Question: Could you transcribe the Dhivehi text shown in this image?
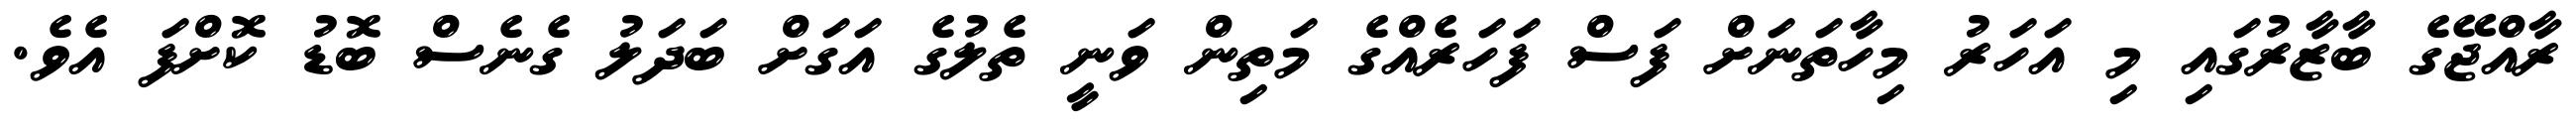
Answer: ރާއްޖޭގެ ބާޒާރުގައި މި އަހަރު މިހާތަނަށް ފަސް ފަހަރެއްގެ މަތިން ވަނީ ތެލުގެ އަގަށް ބަދަލު ގެނެސް ބޮޑު ކޮށްފަ އެވެ.